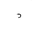
Letter: _dal